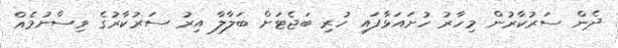
ދެން ސަރުކާރުން މިހާރު ހުށައަޅާފައި ހުރި ބަޖެޓަށް ބަލާލާ އިރު ސަރުކާރުގެ ވިސްނުމެއް